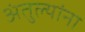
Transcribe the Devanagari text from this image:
अंतुल्यांना